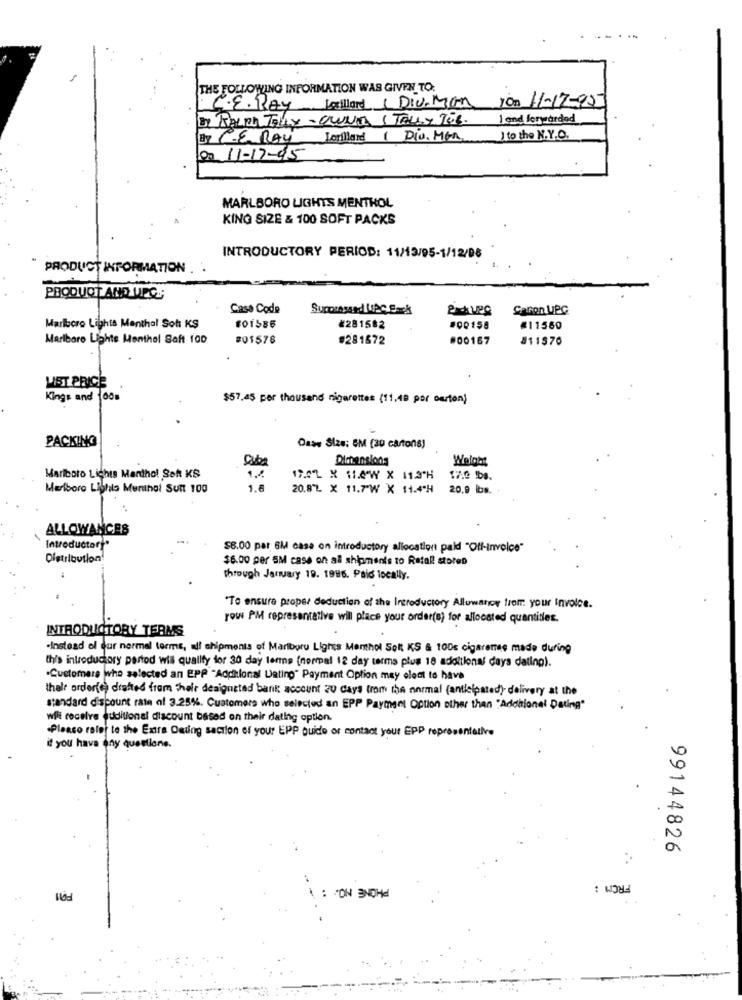
THE FOLLOWING INFORMATION WAS GIVEN TO.
Lorillard ( Div. Man 1On 11-17-95
C.E. Bay
RALPH TALLY - OWUNIT ( TALLY TOB.
I and forwarded
By CERAy Lorillard (Div. MGn
)to the N.Y.O.
00 11-17-95
MARLBORO LIGHTS MENTHOL
KING SIZE & 100 SOFT PACKS
INTRODUCTORY PERIOD: 11/13/95-1/12/98
PRODUCT INFORMATION
PRODUCT AND UPC
Casa Code
Surorasand UPC Sack
Marlboro Lights Menthol Sot KS
¥281582
#00158
#11560
Marlboro Lights Menthal Saft 100
#01576
#281572
#00167
811$70
LIST PRICE
Kings and 100g
$57.45 per thousand nigerettes (11,49 por ourton)
PACKING
Dass Size: SM (30 cartons;
Qub
Welche
Marlboro Lichis Menthol Soft KS
12.02 X 1.4W X 11.3'H
17:0 bs.
Marlboro Lights Mertthat Sunt 100
20.8"L X 11.7'W X 11.4ªH
20.9 lbs.
ALLOWANCES
Introductory"
$8.00 par 6M casa on introductory allocation paid "Off-invoice"
Distribution!
$6.00 per SM case on all shipments to Retallt storeD
Through January 19. 1996. Paid locally.
"To ensure proper deduction of the Introductory Allowance from your Invoice.
row PM representative will place your order(s) for allocated quantities.
INTRODUCTORY TERMS
-Instead el dur nermel terms, all shipments of Mariboru Lights Menthol Solt KS & 100g cigaremee made during
th's introductory pertod wis qualify for 30 day lenne (normal 12 day terms plus 18 adoltional days dating).
Customers who selected an EPP "Additional Dating" Payment Option may elect to have
thele order(e) drafted from their designated bank account 20 days from the normal (anticipated) delivery at the
standard discount rate of 3.25%. Customers who selected an EPP Payment Option other than "Additionel Dating"
wfit receive auditional discount based on their dating option.
Pleaso ralej to the Extra Dating saction of your EPP guide or contact your EPP representative
if you have any questions.
99144826
FROM :
\ : PON 3NOHel